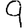
Digit: 9